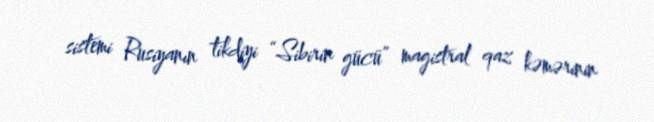
sistemi Rusiyanın tikdiyi “Sibirin gücü” magistral qaz kəmərinin